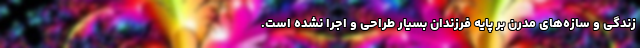
زندگی و سازه‌های مدرن بر پایه فرزندان بسیار طراحی و اجرا نشده است.